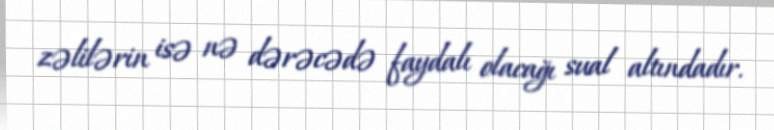
zəlilərin isə nə dərəcədə faydalı olacağı sual altındadır.